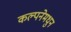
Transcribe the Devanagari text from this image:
कल्पनेमधुन